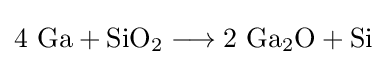
\mathrm {4\ Ga+SiO_{2}\longrightarrow 2\ Ga_{2}O+Si}